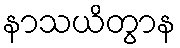
နာသယိတွာန